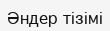
Әндер тізімі